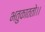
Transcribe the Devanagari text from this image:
भतुकाततो।।